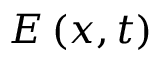
\boldsymbol { E } \left( \boldsymbol { x } , t \right)